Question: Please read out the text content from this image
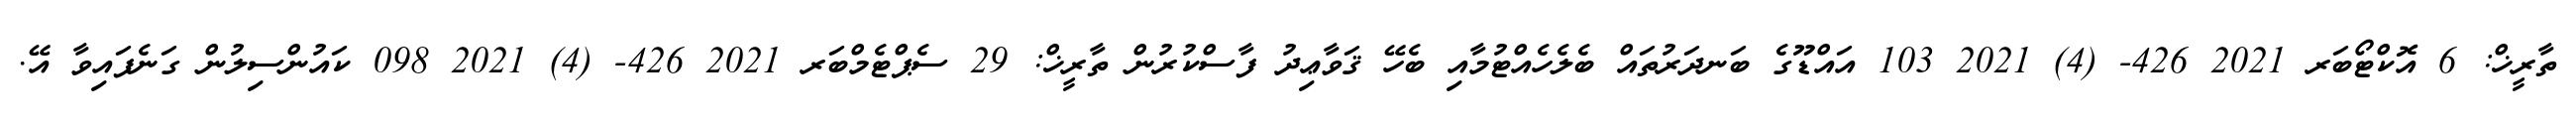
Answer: ތާރީޚް: 6 އޮކްޓޯބަރ 2021 426- (4) 2021 103 އައްޑޫގެ ބަނދަރުތައް ބެލެހެއްޓުމާއި ބެހޭ ޤަވާޢިދު ފާސްކުރުން ތާރީޚް: 29 ސެޕްޓެމްބަރ 2021 426- (4) 2021 098 ކައުންސިލުން ގަނެފައިވާ އޭ.